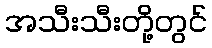
အသီးသီးတို့တွင်